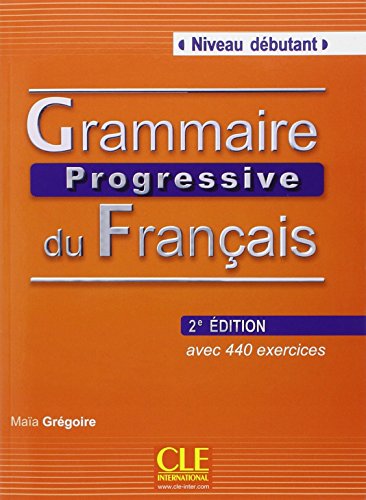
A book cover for Grammaire Progressive Du Francais: Niveau Debutant (French Edition); Marie Gregoire; Reference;